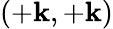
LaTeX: (+\mathbf{k},+\mathbf{k})